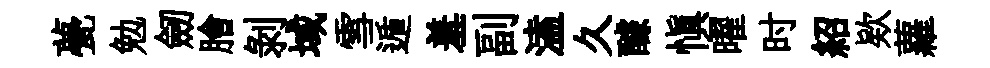
甍勉劒膾剝域雪遁羞副溘久醵慎曜时紹欵蘿